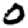
Digit: 0